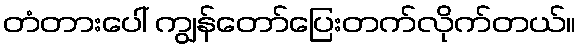
တံတားပေါ် ကျွန်တော်ပြေးတက်လိုက်တယ်။